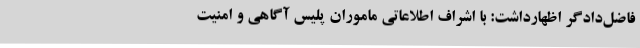
فاضل‌دادگر اظهارداشت:‌ با اشراف اطلاعاتی ماموران پلیس آگاهی و امنیت